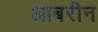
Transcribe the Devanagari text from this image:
आबरीन